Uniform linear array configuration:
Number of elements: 8
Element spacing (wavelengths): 0.5
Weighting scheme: uniform
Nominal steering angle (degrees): -15
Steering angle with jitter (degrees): -14.068
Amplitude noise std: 0.05
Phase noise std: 0.05

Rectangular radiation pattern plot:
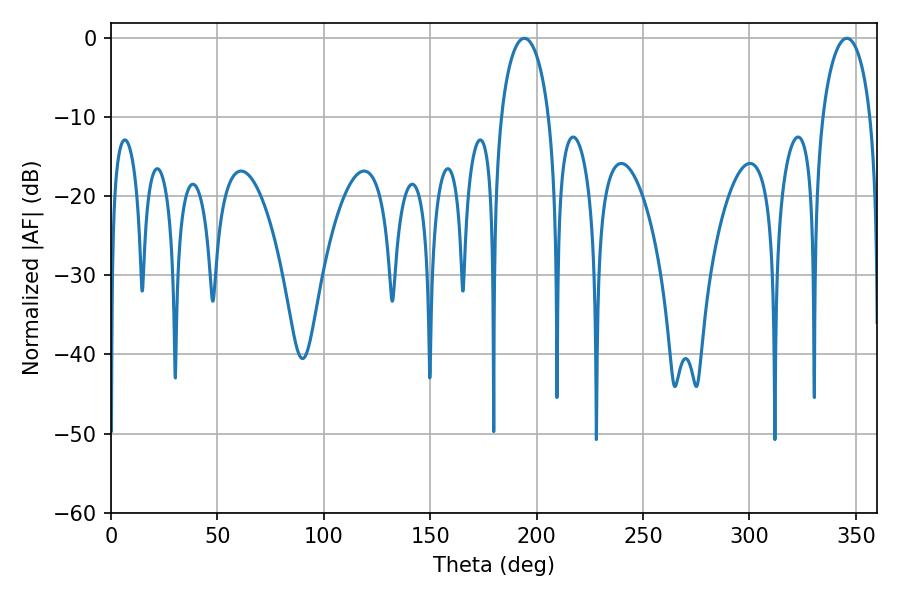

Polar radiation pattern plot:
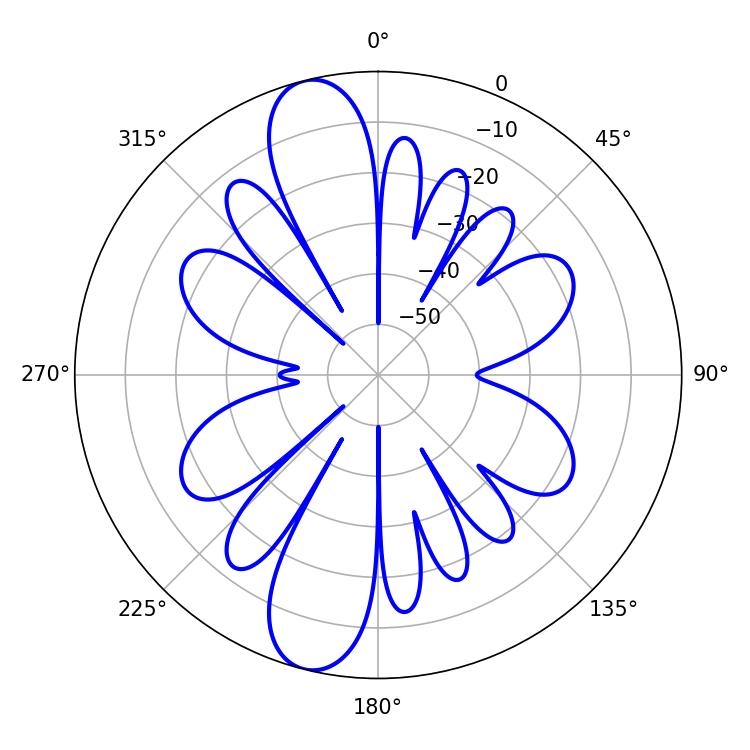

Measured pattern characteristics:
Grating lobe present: FALSE
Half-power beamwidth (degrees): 13.14
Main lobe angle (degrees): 194.22